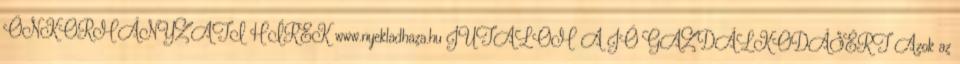
ÖNKORMÁNYZATI HÍREK www.nyekladhaza.hu JUTALOM A JÓ GAZDÁLKODÁSÉRT Azok az